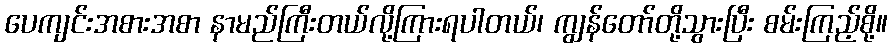
ပေကျင်းအစားအစာ နာမည်ကြီးတယ်လို့ကြားရပါတယ်၊ ကျွန်တော်တို့သွားပြီး စမ်းကြည့်စို့။